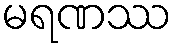
မရဏဿ